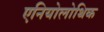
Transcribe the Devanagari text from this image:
एनियोलोथिक